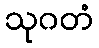
သုဂတံ